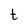
Character: t